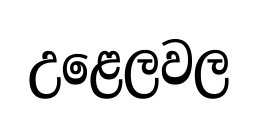
උළෙලවල